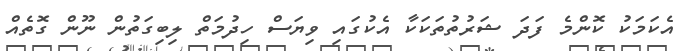
އެކަމަކު ކޮންމެ ފަދަ ޝަރުތުތަކަކާ އެކުގައި ވިޔަސް ހިދުމަތް ލިބިގަތުން ނޫން ގޮތެއް